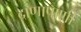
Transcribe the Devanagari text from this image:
दाणापाणी